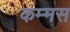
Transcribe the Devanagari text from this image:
कम्मस